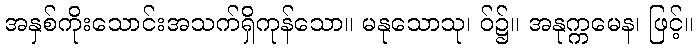
အနှစ်ကိုးသောင်းအသက်ရှိကုန်သော။ မနုသောသု၊ ဝ်၌။ အနုက္ကမေန၊ ဖြင့်။